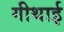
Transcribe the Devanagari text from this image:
गीथाई